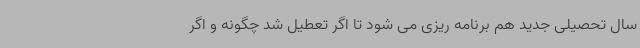
سال تحصیلی جدید هم برنامه ریزی می شود تا اگر تعطیل شد چگونه و اگر